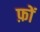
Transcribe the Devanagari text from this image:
फ़ों